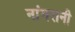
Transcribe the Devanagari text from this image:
नांगरानी